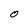
Character: O